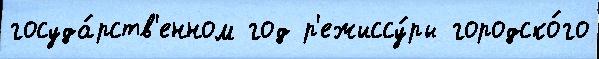
госуда́рств'енном год р'ежиссу́ры городско́го